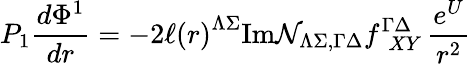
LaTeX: P_{1}{\frac{d\Phi^{1}}{dr}}=-2\ell\left(r\right)^{\Lambda\Sigma}\mathrm{Im}{\cal N}_{\Lambda\Sigma,\Gamma\Delta}f_{~~XY}^{\Gamma\Delta}\, {\frac{e^{U}}{r^{2}}}